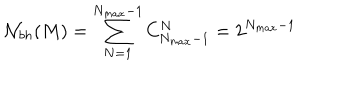
{ \cal N } _ { b h } ( M ) = \sum _ { N = 1 } ^ { N _ { m a x } - 1 } C _ { N _ { m a x } - 1 } ^ { N } = 2 ^ { N _ { m a x } - 1 }